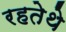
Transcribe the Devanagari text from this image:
रहतेथे